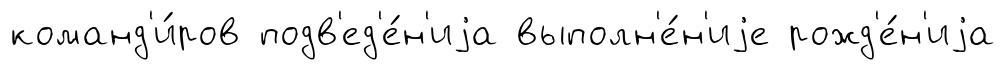
команд'и́ров подв'ед'е́н'иjа выполн'е́н'иjе рожд'е́н'иjа